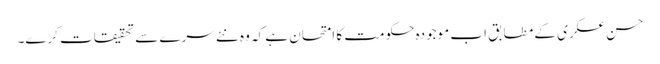
حسن عسکری کے مطابق اب موجودہ حکومت کا امتحان ہے کہ وہ نئے سرے سے تحقیقات کرے۔